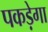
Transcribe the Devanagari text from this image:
पकड़ेगा